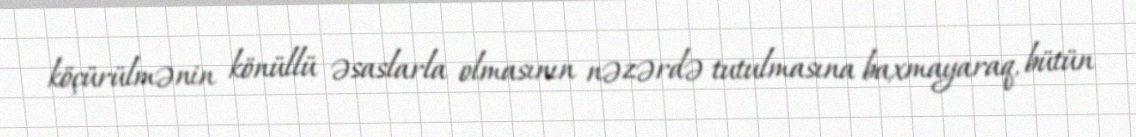
köçürülmənin könüllü əsaslarla olmasının nəzərdə tutulmasına baxmayaraq, bütün